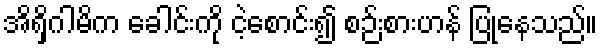
အိရှိဂါမိက ခေါင်းကို ငဲ့စောင်း၍ စဉ်းစားဟန် ပြုနေသည်။